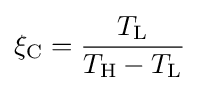
\xi _{\text{C}}={\frac {T_{\text{L}}}{T_{\text{H}}-T_{\text{L}}}}